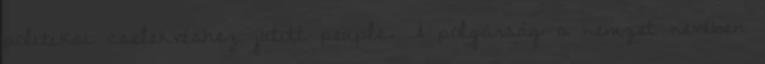
politikai cselekvéshez jutott peuple. A polgárság a nemzet nevében